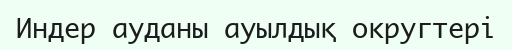
Индер ауданы ауылдық округтері